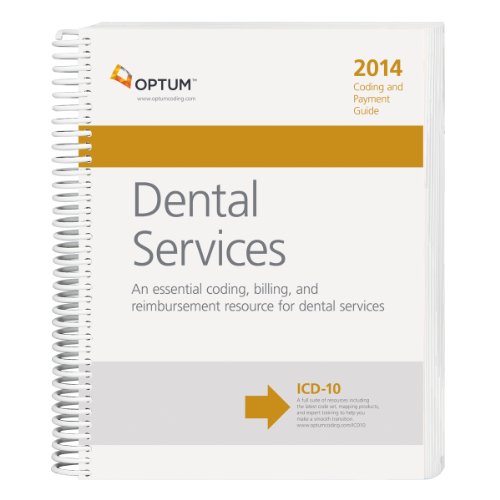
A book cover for Coding and Payment Guide for Dental Services 2014; Optum; Medical Books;